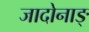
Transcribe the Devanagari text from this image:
जादोनाङ्